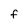
Character: f